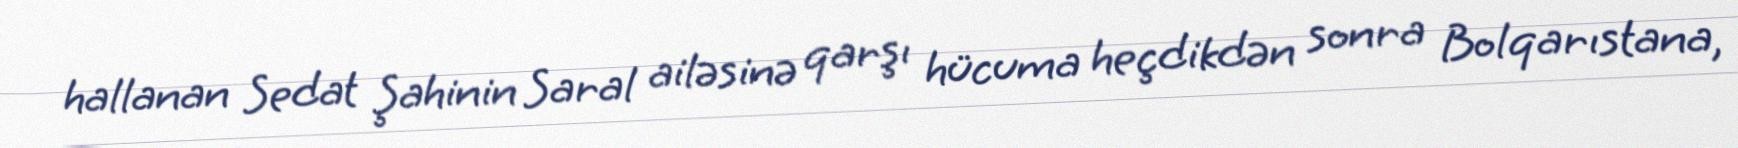
hallanan Sedat Şahinin Saral ailəsinə qarşı hücuma heçdikdən sonra Bolqarıstana,